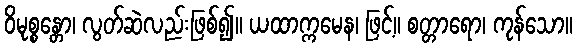
ဝိမုစ္စန္တော၊ လွတ်ဆဲလည်းဖြစ်၍။ ယထာက္ကမေန၊ ဖြင့်။ စတ္တာရော၊ ကုန်သော။